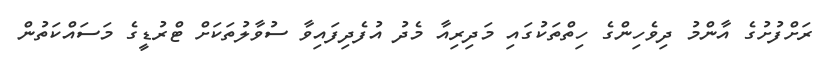
ރަށްފުށުގެ އާންމު ދިވެހިންގެ ހިތްތަކުގައި މަދިރިއާ މެދު އުފެދިފައިވާ ސުވާލުތަކަށް ޓްރުޑީގެ މަސައްކަތުން